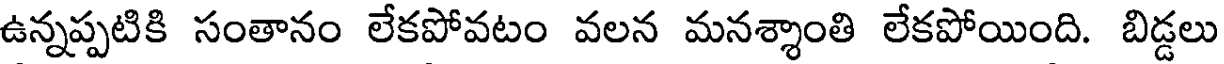
ఉన్నప్పటికి సంతానం లేకపోవటం వలన మనశ్శాంతి లేకపోయింది. బిడ్డలు